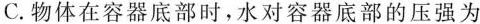
C.物体在容器底部时，水对容器底部的压强为